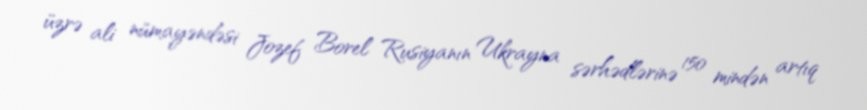
üzrə ali nümayəndəsi Jozef Borel Rusiyanın Ukrayna sərhədlərinə 150 mindən artıq